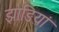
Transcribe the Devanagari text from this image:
झाङियां